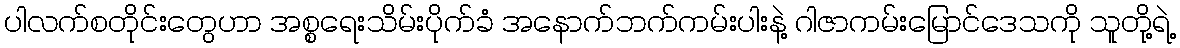
ပါလက်စတိုင်းတွေဟာ အစ္စရေးသိမ်းပိုက်ခံ အနောက်ဘက်ကမ်းပါးနဲ့ ဂါဇာကမ်းမြောင်ဒေသကို သူတို့ရဲ့